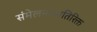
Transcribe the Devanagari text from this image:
संमेलनाव्यतिरिक्त